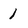
Character: 1